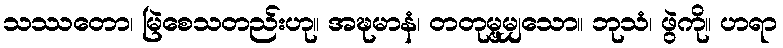
သဿတော၊ မြဲစေသတည်းဟု။ အဍ္ဎမာနံ၊ တတုမ္ဗမျှသော။ ဘုသံ၊ ဖွဲကို။ ဟရာ